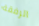
الرفقة